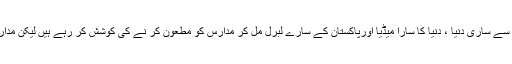
آپ دیکھ لیں پچھلی دو دہائیوں سے ساری دنیا ، دنیا کا سارا میڈیا اورپاکستان کے سارے لبرل مل کر مدارس کو مطعون کر نے کی کوشش کر رہے ہیں لیکن مدارس کا فیض بڑھتا جا رہا ہے ۔